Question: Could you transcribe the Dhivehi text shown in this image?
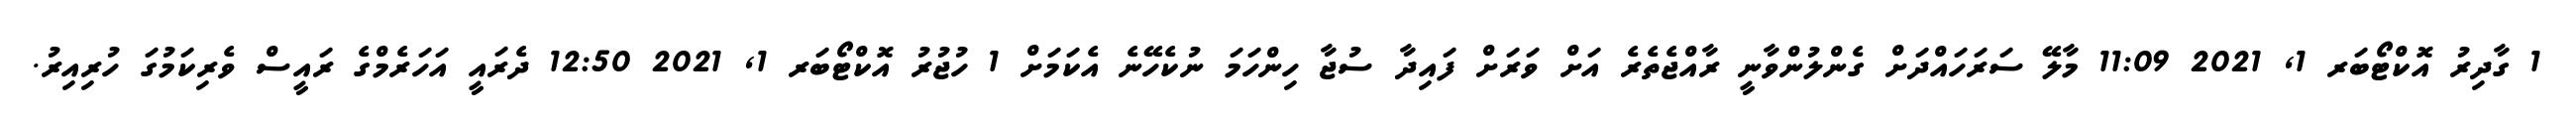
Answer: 1 ގާދިރު އޮކްޓޯބަރ 1, 2021 11:09 މާލޭ ސަރަހައްދަށް ގެންލުންވާނީ ރާއްޖެތެރެ އަށް ވަރަށް ފައިދާ ސުޖާ ހިންހަމަ ނުކެހޭނެ އެކަމަށް 1 ހުޖުރު އޮކްޓޯބަރ 1, 2021 12:50 ދެރައީ އަހަރެމްގެ ރައީސް ވެރިކަމުގަ ހުރިއިރު.